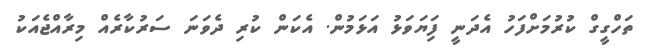
ތަހްގީގް ކުރުމަށްފަހު އެދަނީ ފަިޔަވަޅު އަޅަމުން. އެކަން ކުރި ދެވަނަ ސަރުކާރެއް މިރާއްޖެއަކު